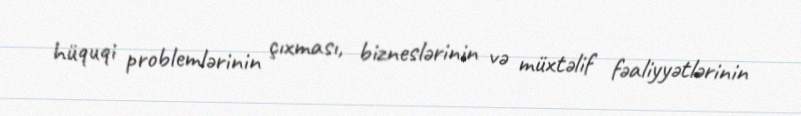
hüquqi problemlərinin çıxması, bizneslərinin və müxtəlif fəaliyyətlərinin